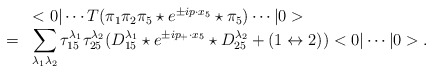
\begin{align*}\begin{array}{rl}&<0|\cdots T(\pi_1\pi_2\pi_5\star e^{\pm ip\cdot x_5}\star\pi_5)\cdots|0>\\ =&\displaystyle \sum_{\lambda_1\lambda_2}\tau_{15}^{\lambda_1}\tau_{25}^{\lambda_2}(D_{15}^{\lambda_1}\star e^{\pm ip_+\cdot x_5}\star D_{25}^{\lambda_2}+(1\leftrightarrow 2))<0|\cdots|0>.\end{array}\end{align*}